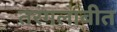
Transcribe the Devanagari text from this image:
तरंगलांबीत